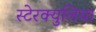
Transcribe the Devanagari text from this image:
स्टेरक्युलिया